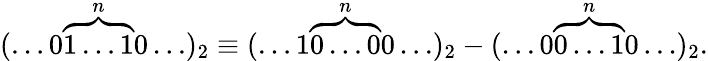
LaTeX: (\ldots 0\overbrace{1\ldots 1}^{n}0\ldots)_{2}\equiv(\ldots 1\overbrace{0\ldots 0}^{n}0\ldots)_{2}-(\ldots 0\overbrace{0\ldots 1}^{n}0\ldots)_{2}.